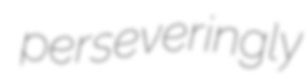
perseveringly